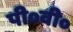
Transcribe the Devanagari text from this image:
पी०वी०